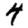
Digit: 4